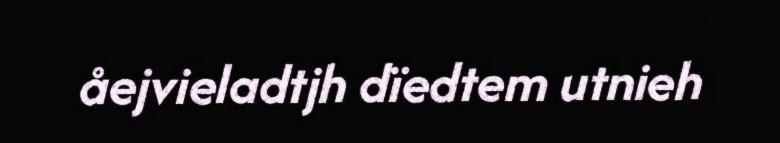
åejvieladtjh dïedtem utnieh